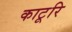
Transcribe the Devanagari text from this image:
काटूरि